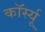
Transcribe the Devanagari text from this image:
कॉर्स्यू